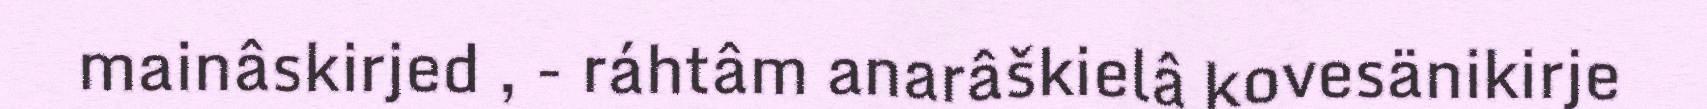
mainâskirjed , - ráhtâm anarâškielâ kovesänikirje